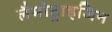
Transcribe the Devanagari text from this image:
लैमोट्राइजिन